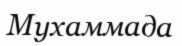
Мухаммада